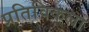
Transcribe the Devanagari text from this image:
प्रतिविकला